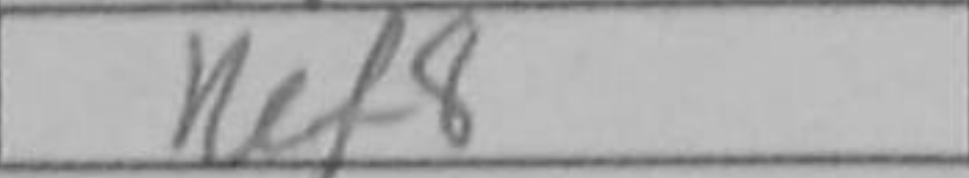
Transcription: Ref8